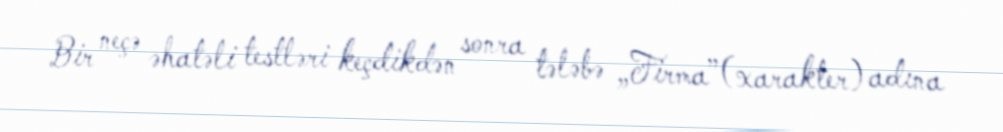
Bir neçə əhatəli testləri keçdikdən sonra tələbə „Firma”(xarakter) adına